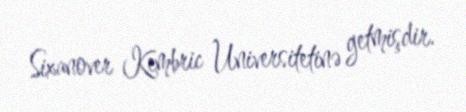
Sixanover Kembric Universitetinə getmişdir.